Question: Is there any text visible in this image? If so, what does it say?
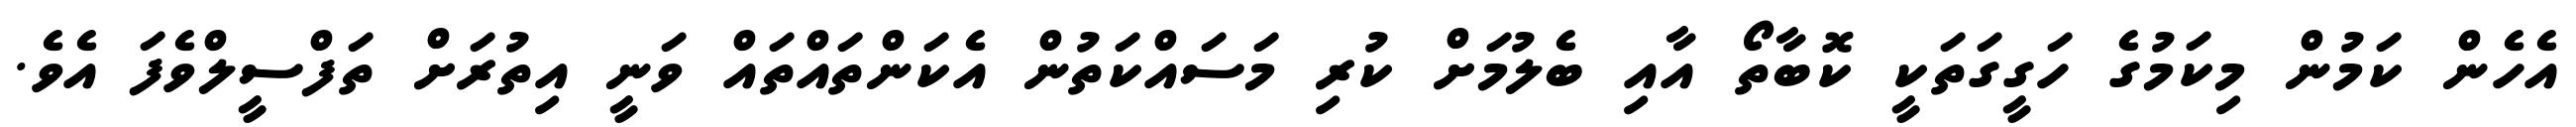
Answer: އެހެން ކަމުން މިކަމުގެ ހަގީގަތަކީ ކޮބާތޯ އާއި ބެލުމަށް ކުރި މަސައްކަތުން އެކަންތައްތައް ވަނީ އިތުރަށް ތަފްސީލްވެފަ އެވެ.